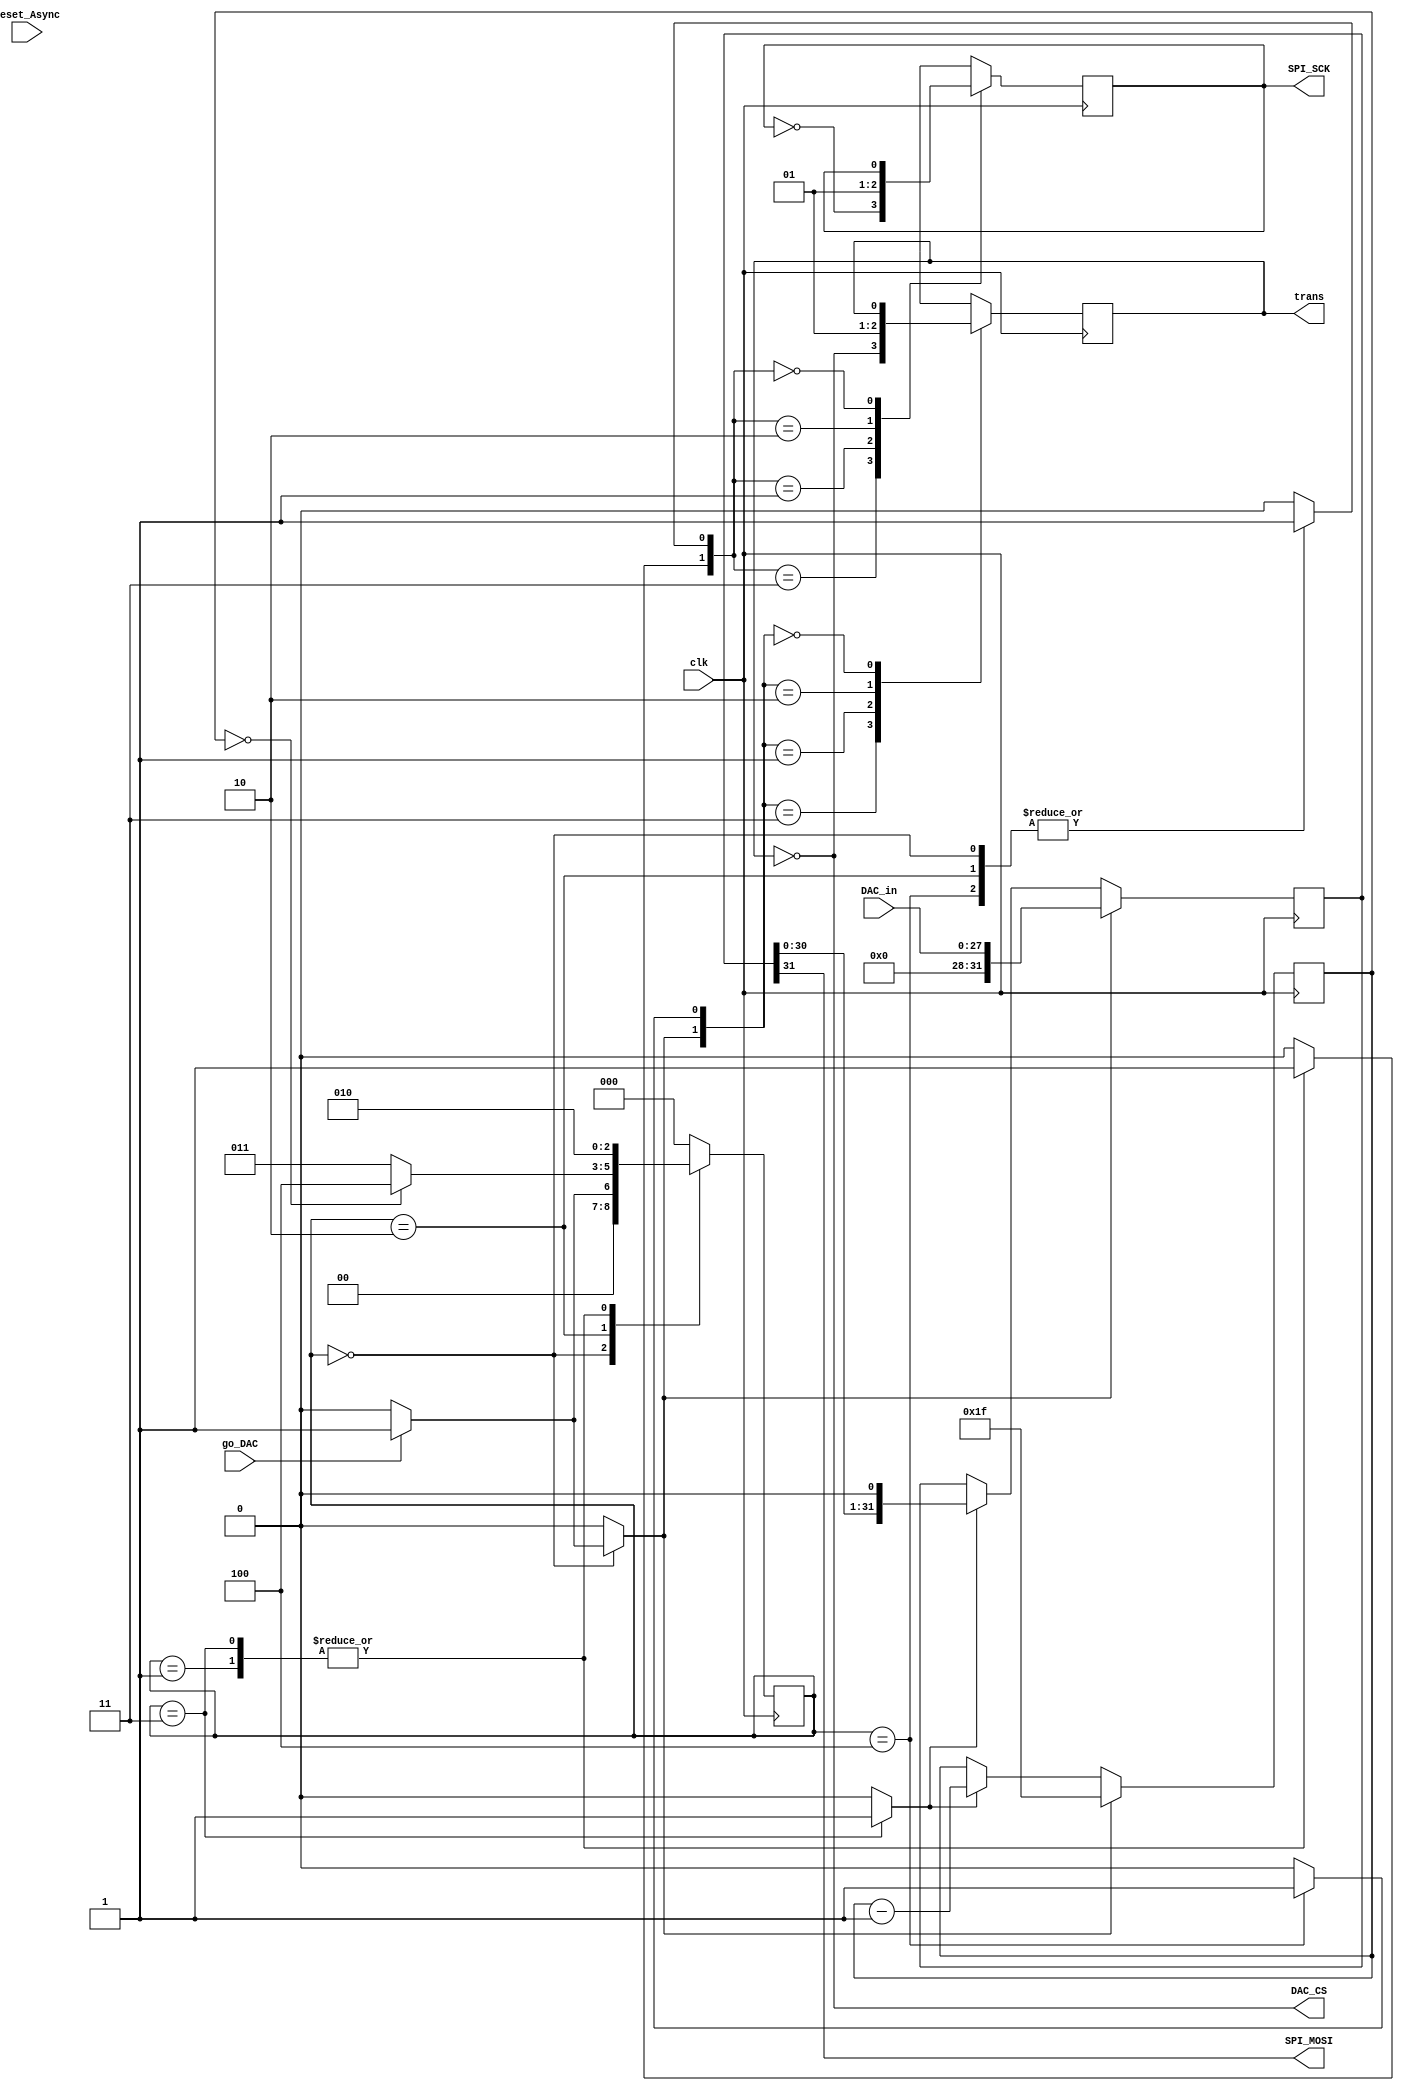
`timescale 1ns / 1ps

module SPI_Interface(
    input clk,
    input go_DAC,
    input [27:0] DAC_in,
    input reset_Async,
    output reg trans,
    output reg SPI_MOSI,
    output reg DAC_CS,
    output reg SPI_SCK
    );
    reg C0,C1,C2,C3,C4;
    wire Z;
    reg [4:0] count;
    reg [31:0] register;
    reg [2:0] state_reg, state_next;
    localparam [2:0] S0 = 0, S1 = 1, S2 = 2, S3 = 3, S4 = 4;
    
    //5-bit counter
    always@(posedge clk)
    begin
        if(C2)
            count <= 31;
        else if(C4)
            count <= count - 1;
    end
    
    assign Z = (count == 0);
    
    //JK 1
    always@(posedge clk)
    begin
        case({C0,C1})
            2'b11: SPI_SCK <= ~ SPI_SCK;
            2'b01: SPI_SCK <= 0;
            2'b10: SPI_SCK <= 1;
            2'b00: SPI_SCK <= SPI_SCK;
        endcase
    end
    
    //JK 2
    always@(posedge clk)
    begin
        case({C2,C3})
            2'b11: trans <= ~ trans;
            2'b01: trans <= 0;
            2'b10: trans <= 1;
            2'b00: trans <= trans;
        endcase
    end
    
    always@(trans)
    DAC_CS = ~trans;
    
    //32-bit register
    always@(posedge clk)
    begin
        if(C2)
            register <= {4'b0,DAC_in};
        else if(C4)
            register <= register << 1;
    end
    
    always@(register)
    SPI_MOSI = register[31];
    
    //FSM
    always@(posedge clk)
    begin
        state_reg <= state_next;
    end
    
    always@*
    begin
        state_next = state_reg;
        if(reset_Async)
        begin
            C4 = 0; C3 = 0; C2 = 0; C1 = 0; C0 = 0;
            state_next = S0;
        end
        case(state_reg)
            S0:
            begin
                if(go_DAC)
                begin
                    C4 = 0; C3 = 0; C2 = 1; C1 = 1; C0 = 0;
                    state_next = S1;
                end
                else
                begin
                    C4 = 0; C3 = 0; C2 = 0; C1 = 1; C0 = 0;
                    state_next = S0;
                end
            end
            S1:
            begin
                C4 = 0; C3 = 0; C2 = 0; C1 = 0; C0 = 1;
                state_next = S2;
            end
            S2:
            begin
                if(Z)
                begin
                    C4 = 0; C3 = 0; C2 = 0; C1 = 1; C0 = 0;
                    state_next = S4;
                end
                else
                begin
                    C4 = 0; C3 = 0; C2 = 0; C1 = 1; C0 = 0;
                    state_next = S3;
                end
            end
            S3:
            begin
                C4 = 1; C3 = 0; C2 = 0; C1 = 0; C0 = 1;
                state_next = S2;
            end
            S4:
            begin
                C4 = 0; C3 = 1; C2 = 0; C1 = 1; C0 = 0;
                state_next = S0;
            end
            default:
            begin
                C4 = 0; C3 = 0; C2 = 0; C1 = 0; C0 = 0;
                state_next = S0;
            end
        endcase
    end
    
endmodule


/*`timescale 1ns / 1ps

module interfaceSPI(

input clk,

reset_Async,

go_DAC,

input [27:0] DAC_in,

output transmitting,

SPI_MOSI,

DAC_CS,

SPI_SCK

);

wire z;

reg [4:0] bitCount;

// 5 bit counter =================================

always @(posedge clk)

begin

if(c[2])

bitCount<=5'b11111;

else if (c[4])

bitCount<=bitCount-1;

end // end 5 bit counter

assign z=(!bitCount);

localparam [2:0] s0=0, s1=1, s2=2, s3=3, s4=4;

reg [5:0] c;

reg [2:0] presState=s0;

// state machine =================================

always @(posedge clk)

begin

if(reset_Async)

begin

presState<=s0;

c<=3'b000;

end // end IF reset_Async

else

case(presState)

s0:

begin

if(go_DAC)

begin

presState<=s1;

c<=5'b00110;

end // end IF go_DAC

else

begin

c<='b00010;

end // end ELSE go_DAC

end // end STATE 0

s1:

begin

presState<=s2;

c<=5'b00001;

end // end STATE 1

s2:

begin

c<=5'b00010;

if(z)

presState<=s4; // end IF z

else

presState<=s3; // end ELSE z

end // end STATE 2

s3:

begin

presState<=s2;

c<=5'b10001;

end // end STATE 3

s4:

begin

presState<=s0;

c<=5'b01010;

end // end STATE 4

default:

begin

presState<=s0;

c<=5'b00000;

end // end DEFAULT

endcase // end STATE MACHINE case

end // end STATE MACHINE

wire [1:0] jk0, jk1;

reg jkq0, jkq1;

// jk-flip flops =================================

assign jk1[1]=c[0];

assign jk1[0]=c[1];

assign jk0[1]=c[2];

assign jk0[0]=c[3];

always @(posedge clk)

begin

case(jk0)

0: jkq0<=jkq0; // hold

1: jkq0<=0; // reset

2: jkq0<=1; // set

3: jkq0<=~jkq0;// toggle

default: jkq0<=0; // default

endcase // end jk0

case(jk1)

0: jkq1<=jkq1; // hold

1: jkq1<=0; // reset

2: jkq1<=1; // set

3: jkq1<=~jkq1;// toggle

default: jkq1<=0; // default

endcase // end jk1

end // end jk-flip flops

assign SPI_SCK=jkq1;

assign transmitting=jkq0;

assign DAC_CS=~jkq0;

reg [31:0] shlReg;

// 32-bit reg =================================

always @(posedge clk)

begin

if(c[2])

shlReg<={4'd0, DAC_in};

else if(c[4])

shlReg<=(shlReg<<1);

end // end 32-bit reg

assign SPI_MOSI=shlReg[31];

endmodule

*/